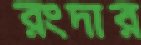
রংদার